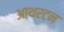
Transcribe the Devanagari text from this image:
आथरटन